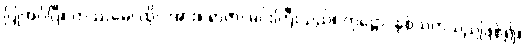
ပြုအပ်ပြီ။ တဿမေ၊ ထိုငါအား။ ရာဇာ၊ မင်းကြီးသည်။ တုဋ္ဌော၊ နှစ်သက်သည်ဖြစ်၍။